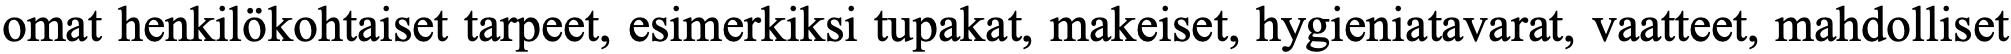
omat henkilökohtaiset tarpeet, esimerkiksi tupakat, makeiset, hygieniatavarat, vaatteet, mahdolliset